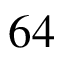
6 4